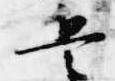
兵